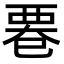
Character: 䙴